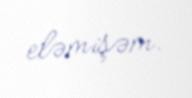
eləmişəm.